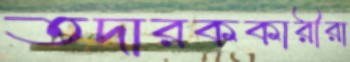
তদারককারীরা